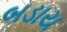
બડાય